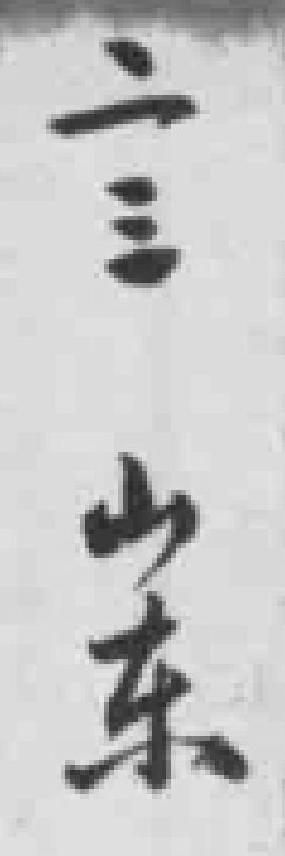
二三山东